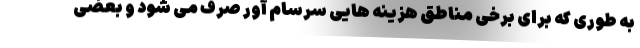
به طوری که برای برخی مناطق هزینه هایی سرسام آور صرف می شود و بعضی